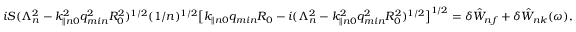
\begin{array} { r } { i S ( \Lambda _ { n } ^ { 2 } - k _ { \parallel n 0 } ^ { 2 } q _ { m i n } ^ { 2 } R _ { 0 } ^ { 2 } ) ^ { 1 / 2 } ( 1 / n ) ^ { 1 / 2 } \big [ k _ { \parallel n 0 } q _ { m i n } R _ { 0 } - i ( \Lambda _ { n } ^ { 2 } - k _ { \parallel n 0 } ^ { 2 } q _ { m i n } ^ { 2 } R _ { 0 } ^ { 2 } ) ^ { 1 / 2 } \big ] ^ { 1 / 2 } = \delta { \hat { W } } _ { n f } + \delta { \hat { W } } _ { n k } ( \omega ) , } \end{array}